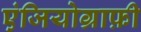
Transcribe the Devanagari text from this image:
एंजियोग्राफ़ी